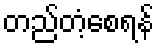
တည်တံ့စေရန်